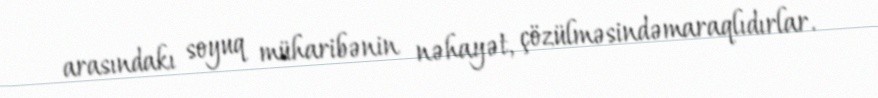
arasındakı soyuq müharibənin nəhayət, çözülməsindəmaraqlıdırlar.